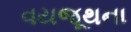
વયજૂથના